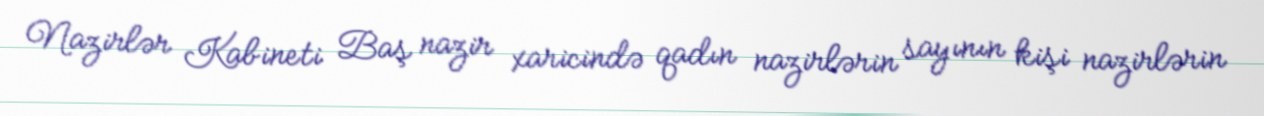
Nazirlər Kabineti Baş nazir xaricində qadın nazirlərin sayının kişi nazirlərin